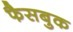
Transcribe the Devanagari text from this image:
फैसबुक